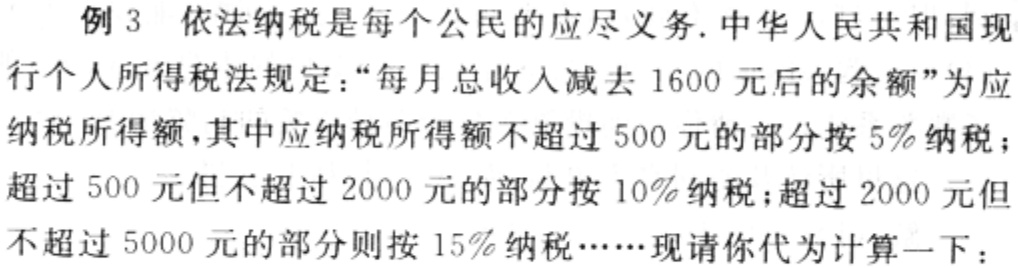
例 3 依法纳税是每个公民的应尽义务. 中华人民共和国现行个人所得税法规定：“每月总收入减去 1600 元后的余额”为应纳税所得额，其中应纳税所得额不超过 500 元的部分按 5%纳税；超过 500 元但不超过 2000 元的部分按 10%纳税；超过 2000 元但不超过 5000 元的部分则按 15%纳税……现请你代为计算一下：